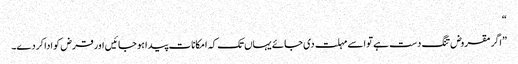
“
”اگر مقروض تنگ دست ہے تو اسے مہلت دی جائے یہاں تک کہ امکانات پیدا ہو جائیں اور قرض کو ادا کردے۔